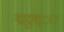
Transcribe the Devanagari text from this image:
द्मठ्ठश्ा२